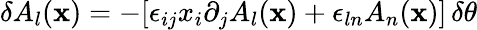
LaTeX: \delta A_{l}({\mathbf x})=-[\epsilon_{ij}x_{i}\partial_{j}A_{l}({\mathbf x})+\epsilon_{ln}A_{n}({\mathbf x})]\, \delta\theta